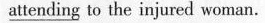
\underline{attending} to the injured woman.